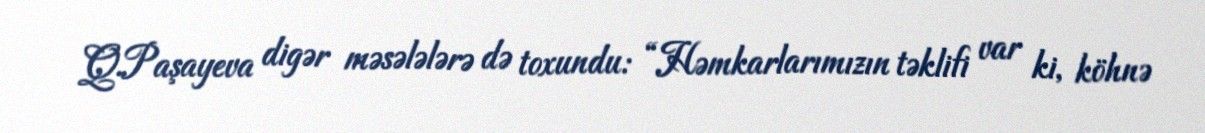
Q.Paşayeva digər məsələlərə də toxundu: “Həmkarlarımızın təklifi var ki, köhnə